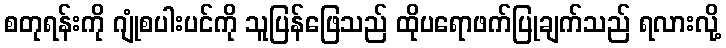
စတုရန်းကို ဂျုံစပါးပင်ကို သူပြန်ဖြေသည် ထိုပရောဖက်ပြုချက်သည် ရလားလို့